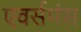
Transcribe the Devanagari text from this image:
एवर्समंस